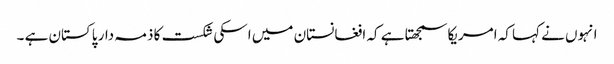
انہوں نے کہا کہ امریکا سمجھتا ہے کہ افغانستان میں اسکی شکست کا ذمہ دار پاکستان ہے ۔